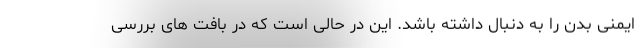
ایمنی بدن را به دنبال داشته باشد. این در حالی است که در بافت های بررسی